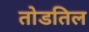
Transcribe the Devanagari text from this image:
तोडतिल